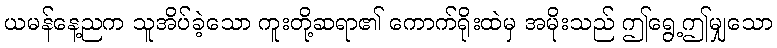
ယမန်နေ့ညက သူအိပ်ခဲ့သော ကူးတို့ဆရာ၏ ကောက်ရိုးထဲမှ အမိုးသည် ဤရွေ့ဤမျှသော